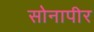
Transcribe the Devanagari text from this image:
सोनापीर